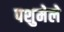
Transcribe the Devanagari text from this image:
पशुमेले